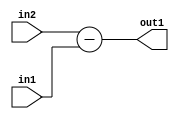
`timescale 1ps / 1ps
/*****************************************************************************
    Verilog RTL Description
    
    
    Created by: Stratus DpOpt 21.05.01 
*******************************************************************************/

module Filter_Sub_12Ux7U_12U_1 (
	in2,
	in1,
	out1
	); /* architecture "behavioural" */ 
input [11:0] in2;
input [6:0] in1;
output [11:0] out1;
wire [11:0] asc001;

assign asc001 = 
	+(in2)
	-(in1);

assign out1 = asc001;
endmodule

/* CADENCE  ubH3SwE= : u9/ySxbfrwZIxEzHVQQV8Q== ** DO NOT EDIT THIS LINE ******/